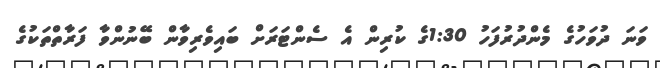
ވަނަ ދުވަހުގެ މެންދުރުފަހު 1:30ގެ ކުރިން އެ ސެންޓަރަށް ބައިވެރިވާން ބޭނުންވާ ފަރާތްތަކުގެ